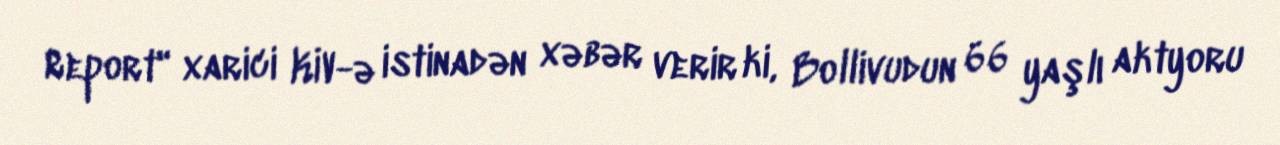
Report" xarici KİV-ə istinadən xəbər verir ki, Bollivudun 66 yaşlı aktyoru